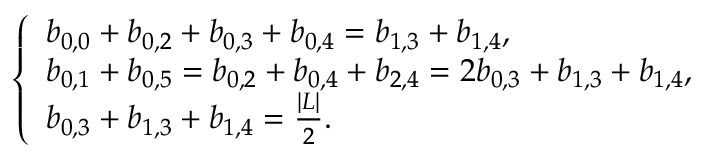
\left\{ \begin{array} { l } { b _ { 0 , 0 } + b _ { 0 , 2 } + b _ { 0 , 3 } + b _ { 0 , 4 } = b _ { 1 , 3 } + b _ { 1 , 4 } , } \\ { b _ { 0 , 1 } + b _ { 0 , 5 } = b _ { 0 , 2 } + b _ { 0 , 4 } + b _ { 2 , 4 } = 2 b _ { 0 , 3 } + b _ { 1 , 3 } + b _ { 1 , 4 } , } \\ { b _ { 0 , 3 } + b _ { 1 , 3 } + b _ { 1 , 4 } = \frac { | L | } { 2 } . } \end{array} \right.